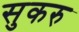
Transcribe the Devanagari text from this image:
सुकरु